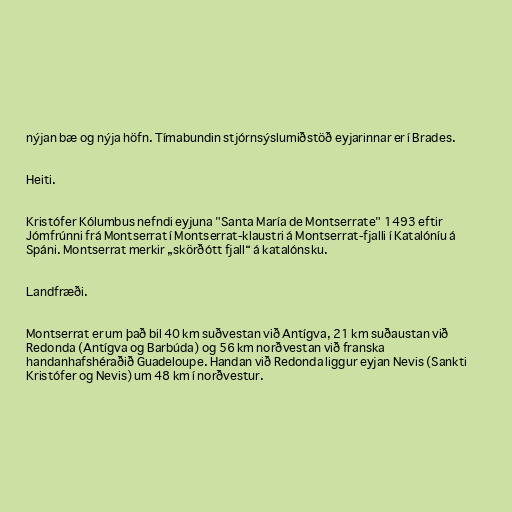
nýjan bæ og nýja höfn. Tímabundin stjórnsýslumiðstöð eyjarinnar er í Brades.

Heiti.

Kristófer Kólumbus nefndi eyjuna "Santa María de Montserrate" 1493 eftir
Jómfrúnni frá Montserrat í Montserrat-klaustri á Montserrat-fjalli í Katalóníu á
Spáni. Montserrat merkir „skörðótt fjall“ á katalónsku.

Landfræði.

Montserrat er um það bil 40 km suðvestan við Antígva, 21 km suðaustan við
Redonda (Antígva og Barbúda) og 56 km norðvestan við franska
handanhafshéraðið Guadeloupe. Handan við Redonda liggur eyjan Nevis (Sankti
Kristófer og Nevis) um 48 km í norðvestur.